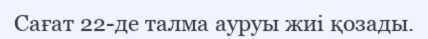
Сағат 22-де талма ауруы жиі қозады.